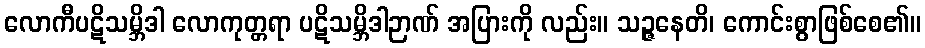
လောကီပဋိသမ္ဘိဒါ လောကုတ္တရာ ပဋိသမ္ဘိဒါဉာဏ် အပြားကို လည်း။ သဉ္ဇနေတိ၊ ကောင်းစွာဖြစ်စေ၏။